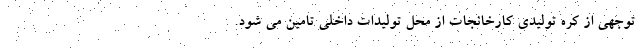
توجهی از کره تولیدی کارخانجات از محل تولیدات داخلی تامین می شود.